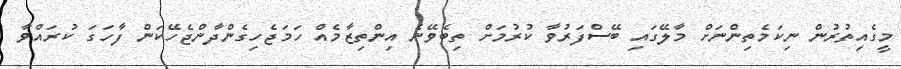
މީގެއިތުރުން ނިކަމެތިންނަށް މާލޭގައި ބޭސްފަރުވާ ކުރުމަށް ތިބެވޭނެ އިންތިޒާމެއް ހަމަޖެހިގެންދާންޖެހޭކަން ފާހަގަ ކުރައްވާ